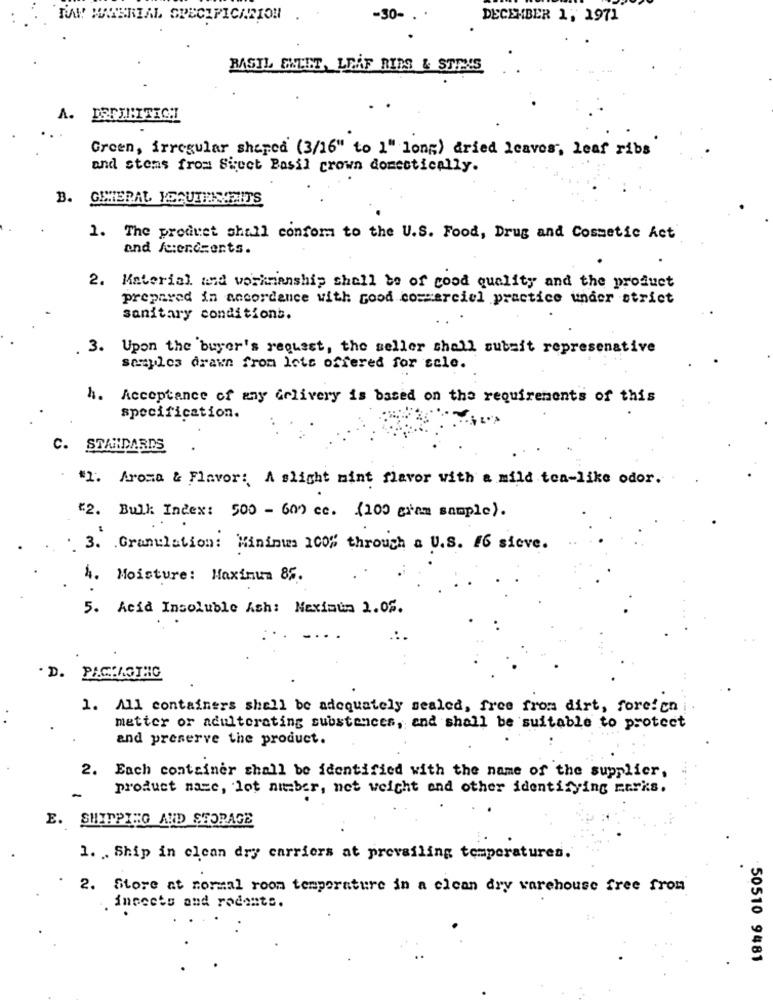
RAW MATERIAL SPECIFICATION
-30- .
DECEMBER 1, 1971
BRASIL SHEET, LEAF RIMS & STPXS
A.
DEFINITICT
Green, irregular shaped (3/16" to 1" long) dried leaves, leaf ribs
and stems from Siect Basil crown domestically.
B. GHTERAL YOCUTENYEITS
1. The produet shall conform to the U.S. Food, Drug and Cosmetic Act
and /cendsents.
2.
Material and workmanship shall be of good quality and the product
prepared in accordance with good cosserciel practice under strict
sanitary conditions.
. 3. Upon the buyer's request, the seller shall subsit represenative
semyles drawn from lots offered for sale.
h. Acceptance of any Grlivery is based on the requirements of this
specification.
C. STANDARDS
*1. Aroma & Flavor: A slight mint flavor with a mild tea-like odor.
*2. Bulk Index: 500 - 600 cc. (100 gram sample).
3. Granulation: Minimum 100% through a U.S. 16 sieve.
4. Moisture: Maximum 86.
5. Acid Insoluble Ach: Nexiaun 2.08.
. D. PACKAGING
1. All containers shall be adequately sealed, free from dirt, foreign
matter or adultorating substances, and shall be suitable to protect
and preserve the product.
2. Each container shall be identified with the name of the supplier,
product name, lot number, net weight and other identifying marks.
-
E. SHIPPING AND STORAGE
1. Ship in clean dry carriers at prevailing temperatures.
2. Store at normal room temperature in a clean dry warehouse free from
. insects and rodents.
50510 9481